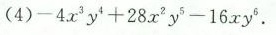
(4)-4x^{3}y^{4}+28x^{2} y^{5}-16 xy^{6}.